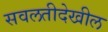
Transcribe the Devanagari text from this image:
सवलतीदेखील